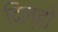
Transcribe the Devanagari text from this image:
दिल्हों